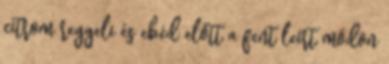
citrom reggeli és ebéd előtt a fent leírt módon